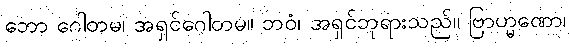
ဘော ဂေါတမ၊ အရှင်ဂေါတမ။ ဘဝံ၊ အရှင်ဘုရားသည်။ ဗြာဟ္မဏော၊